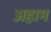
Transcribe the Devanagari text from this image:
अहाम